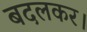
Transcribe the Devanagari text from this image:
बदलकर।